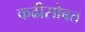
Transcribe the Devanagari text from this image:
कढीसोबत